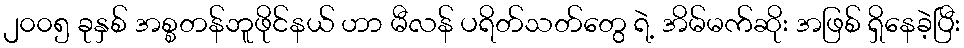
၂၀၀၅ ခုနှစ် အစ္စတန်ဘူဖိုင်နယ် ဟာ မီလန် ပရိတ်သတ်တွေ ရဲ့ အိမ်မက်ဆိုး အဖြစ် ရှိနေခဲ့ပြီး